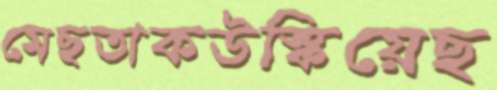
মেছতাকউস্‌কিয়েছ